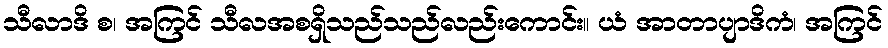
သီလာဒိ စ၊ အကြင် သီလအစရှိသည်သည်လည်းကောင်း။ ယံ အာတာပျာဒိကံ၊ အကြင်